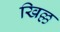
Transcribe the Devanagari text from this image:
खिल्ल